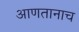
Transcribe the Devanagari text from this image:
आणतानाच